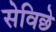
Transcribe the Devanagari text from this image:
सेविछे